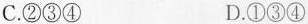
C. ②③④ D. ①③④